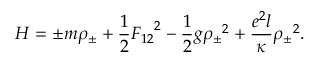
{ \cal H } = { \pm } m { \rho } _ { \pm } + { \frac { 1 } { 2 } } { F _ { 1 2 } } ^ { 2 } - { \frac { 1 } { 2 } } g { { \rho } _ { \pm } } ^ { 2 } + { \frac { e ^ { 2 } l } { \kappa } } { { \rho } _ { \pm } } ^ { 2 } .